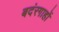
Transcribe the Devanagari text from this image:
बदंरगाहों